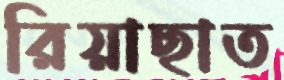
রিয়াছাত